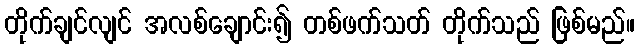
တိုက်ချင်လျင် အလစ်ချောင်း၍ တစ်ဖက်သတ် တိုက်သည် ဖြစ်မည်။